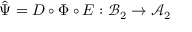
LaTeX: { \hat { \Psi } } = D \circ \Phi \circ E : { \mathcal { B } } _ { 2 } \rightarrow { \mathcal { A } } _ { 2 }